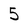
Character: 5